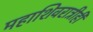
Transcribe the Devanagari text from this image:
महाशिवरात्रीही